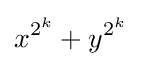
x^{2^{k}}+y^{2^{k}}